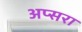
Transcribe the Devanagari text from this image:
अप्‍सरा